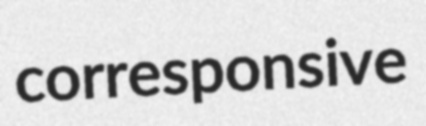
corresponsive